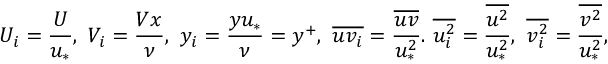
U _ { i } = \frac { U } { u _ { * } } , \ V _ { i } = \frac { V x } { \nu } , \ y _ { i } = \frac { y u _ { * } } { \nu } = y ^ { + } , \ \overline { { u v _ { i } } } = \frac { \overline { { u v } } } { u _ { * } ^ { 2 } } . \ \overline { { u _ { i } ^ { 2 } } } = \frac { \overline { { u ^ { 2 } } } } { u _ { * } ^ { 2 } } , \ \overline { { v _ { i } ^ { 2 } } } = \frac { \overline { { v ^ { 2 } } } } { u _ { * } ^ { 2 } } ,